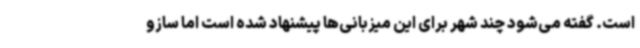
است. گفته می‌شود چند شهر برای این میزبانی‌ها پیشنهاد شده است اما سازو